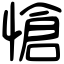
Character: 愴